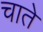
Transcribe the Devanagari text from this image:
चाते